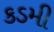
કડમી